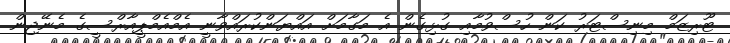
ޓޫރިޒަމް މިނިސްޓަރު ކަން ހުސްވުމާއި ގުޅިގެން އެ މަގާމަށް އައްޔަންކުރައްވާނީ އެމްއެމްޕީއާރްސީގެ މެނޭޖިން